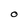
Character: 0